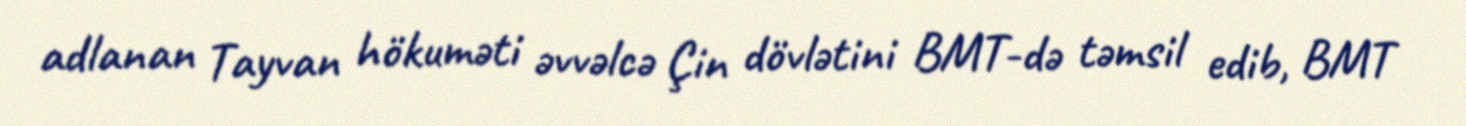
adlanan Tayvan hökuməti əvvəlcə Çin dövlətini BMT-də təmsil edib, BMT